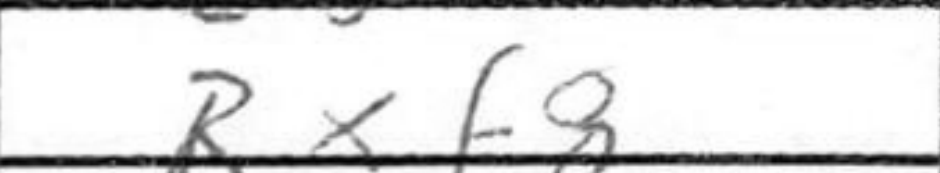
Transcription: Rxf8